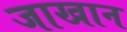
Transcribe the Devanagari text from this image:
जाखान